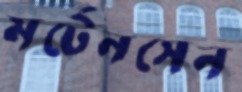
মর্টেনসেন